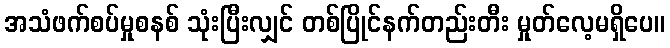
အသံဖက်စပ်မှုစနစ် သုံးပြီးလျှင် တစ်ပြိုင်နက်တည်းတီး မှုတ်လေ့မရှိပေ။